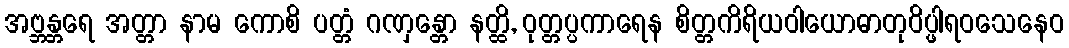
အဗ္ဘန္တရေ အတ္တာ နာမ ကောစိ ပတ္တံ ဂဏှန္တော နတ္ထိ, ဝုတ္တပ္ပကာရေန စိတ္တကိရိယဝါယောဓာတုဝိပ္ဖါရဝသေနေဝ